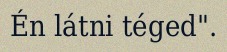
Én látni téged".